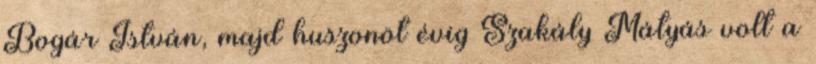
Bogár István, majd huszonöt évig Szakály Mátyás volt a